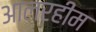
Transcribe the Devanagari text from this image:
आलरहीम